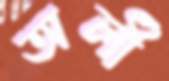
অর্লী